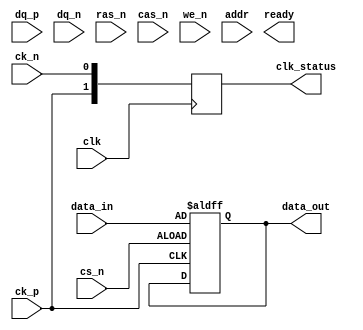
module gddr6x_io_block #(
    parameter DATA_WIDTH = 64,              // Supported data width (32, 64, or 128 bits)
    parameter ADDR_WIDTH = 32                // Address width for memory locations
) (
    // Differential Data Signals
    input  wire [DATA_WIDTH-1:0] dq_p,     // Data positive signals
    input  wire [DATA_WIDTH-1:0] dq_n,     // Data negative signals

    // Differential Clock Signals
    input  wire ck_p,                       // Clock positive signal
    input  wire ck_n,                       // Clock negative signal

    // Command Signals
    input  wire cs_n,                       // Chip Select (active low)
    input  wire ras_n,                      // Row Address Strobe (active low)
    input  wire cas_n,                      // Column Address Strobe (active low)
    input  wire we_n,                       // Write Enable (active low)

    // Address Signals
    input  wire [ADDR_WIDTH-1:0] addr,     // Address lines

    // Internal signals
    output reg [DATA_WIDTH-1:0] data_out,  // Output data to memory controller
    input  wire [DATA_WIDTH-1:0] data_in,   // Input data from memory controller
    output reg ready,                       // Ready signal for memory controller

    // Clock Management Signals
    input wire clk,                         // System clock
    output reg [1:0] clk_status             // Clock status (for debug)
);

// Internal signal declarations
wire [DATA_WIDTH-1:0] differential_data;
reg [DATA_WIDTH-1:0] aligned_data;
reg [ADDR_WIDTH-1:0] address_register;

// Transmitter: Differential signaling
always @(posedge ck_p or negedge cs_n) begin
    if (!cs_n) begin
        // On chip select active, transmit data
        data_out <= data_in; // Parallel to differential conversion can be implemented here
    end
end

// Receiver: Converts incoming differential signals back to parallel data
always @(negedge ck_n or negedge cs_n) begin
    if (!cs_n) begin
        // On chip select active, capture data
        aligned_data <= {dq_p, dq_n}; // Simple capture for demonstration
    end
end

// Command Handling
always @(negedge ck_n) begin
    if (!cs_n) begin
        // Handle commands (RAS, CAS, WE)
        if (!ras_n) begin
            // Row address strobe logic
        end
        if (!cas_n) begin
            // Column address strobe logic
        end
        if (!we_n) begin
            // Write enable logic
        end
    end
end

// Clock Management
always @(posedge clk) begin
    clk_status <= {ck_p, ck_n}; // Update clock status for debugging
end

// Power Management and other features would be similarly implemented.

endmodule